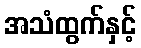
အသံထွက်နှင့်